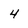
Character: 4